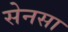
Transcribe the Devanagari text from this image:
सेनसा